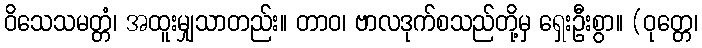
ဝိသေသမတ္တံ၊ အထူးမျှသာတည်း။ တာဝ၊ ဗာလဒုက်စသည်တို့မှ ရှေးဦးစွာ။ (ဝုတ္တေ၊